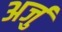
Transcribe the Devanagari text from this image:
अर्जु